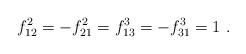
LaTeX: \begin{align*}f_{12}^2 = -f_{21}^2 = f_{13}^3 = -f_{31}^3 = 1 \,\,.\end{align*}